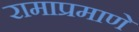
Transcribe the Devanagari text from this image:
रामाप्रमाणे